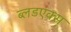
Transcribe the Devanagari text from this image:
ब्लडएक्स